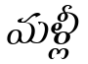
మళ్లీ